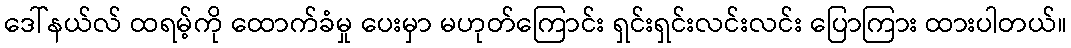
ဒေါ်နယ်လ် ထရမ့်ကို ထောက်ခံမှု ပေးမှာ မဟုတ်ကြောင်း ရှင်းရှင်းလင်းလင်း ပြောကြား ထားပါတယ်။